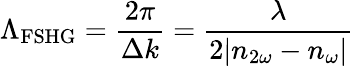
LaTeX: \Lambda_{\mathrm{FSHG}}=\frac{2\pi}{\Delta k}=\frac{\lambda}{2|n_{2\omega}-n_{\omega}|}